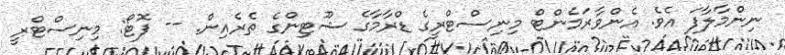
ނިންމާލާފަ އެވެ. އެންވާރަމެންޓް މިނިސްޓްރީގެ ޑްރާމާގެ ޝޫޓިންގެ ތެރެއިން. -- ފޮޓޯ: މިނިސްޓްރީ